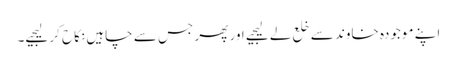
اپنے موجودہ خاوند سے خلع لے لیجیے اور پھر جس سے چاہیں نکاح کر لیجیے۔